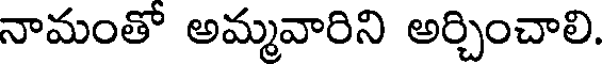
నామంతో అమ్మవారిని అర్చించాలి.